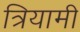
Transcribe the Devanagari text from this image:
त्रियामी